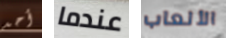
أحد عندما الألعاب